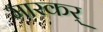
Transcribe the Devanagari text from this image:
मारकर्